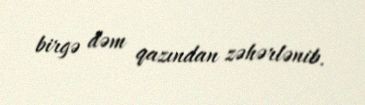
birgə dəm qazından zəhərlənib.